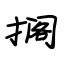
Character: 搁